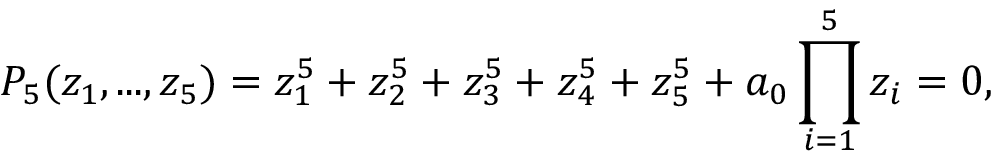
P _ { 5 } ( z _ { 1 } , . . . , z _ { 5 } ) = z _ { 1 } ^ { 5 } + z _ { 2 } ^ { 5 } + z _ { 3 } ^ { 5 } + z _ { 4 } ^ { 5 } + z _ { 5 } ^ { 5 } + a _ { 0 } \prod _ { i = 1 } ^ { 5 } z _ { i } = 0 ,